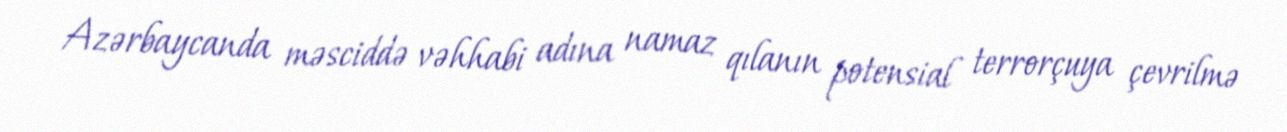
Azərbaycanda məsciddə vəhhabi adına namaz qılanın potensial terrorçuya çevrilmə